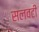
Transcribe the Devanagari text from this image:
सलवटी